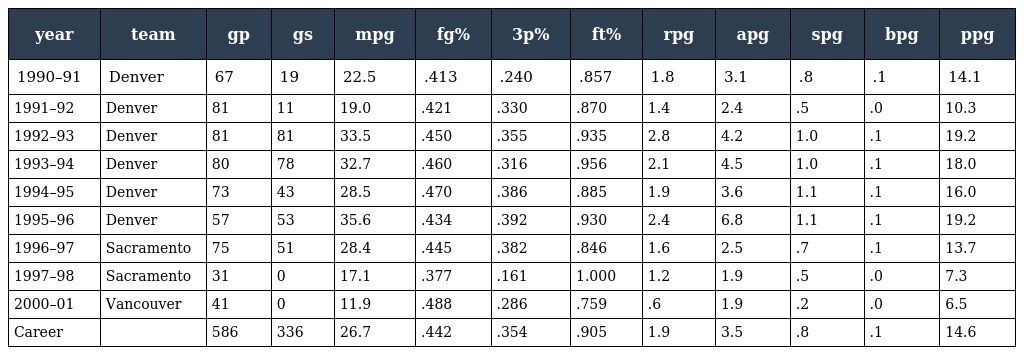
| year | team | gp | gs | mpg | fg% | 3p% | ft% | rpg | apg | spg | bpg | ppg |
 | --- | --- | --- | --- | --- | --- | --- | --- | --- | --- | --- | --- | --- |
 | 1990–91 | Denver | 67 | 19 | 22.5 | .413 | .240 | .857 | 1.8 | 3.1 | .8 | .1 | 14.1 |
 | 1991–92 | Denver | 81 | 11 | 19.0 | .421 | .330 | .870 | 1.4 | 2.4 | .5 | .0 | 10.3 |
 | 1992–93 | Denver | 81 | 81 | 33.5 | .450 | .355 | .935 | 2.8 | 4.2 | 1.0 | .1 | 19.2 |
 | 1993–94 | Denver | 80 | 78 | 32.7 | .460 | .316 | .956 | 2.1 | 4.5 | 1.0 | .1 | 18.0 |
 | 1994–95 | Denver | 73 | 43 | 28.5 | .470 | .386 | .885 | 1.9 | 3.6 | 1.1 | .1 | 16.0 |
 | 1995–96 | Denver | 57 | 53 | 35.6 | .434 | .392 | .930 | 2.4 | 6.8 | 1.1 | .1 | 19.2 |
 | 1996–97 | Sacramento | 75 | 51 | 28.4 | .445 | .382 | .846 | 1.6 | 2.5 | .7 | .1 | 13.7 |
 | 1997–98 | Sacramento | 31 | 0 | 17.1 | .377 | .161 | 1.000 | 1.2 | 1.9 | .5 | .0 | 7.3 |
 | 2000–01 | Vancouver | 41 | 0 | 11.9 | .488 | .286 | .759 | .6 | 1.9 | .2 | .0 | 6.5 |
 | Career |  | 586 | 336 | 26.7 | .442 | .354 | .905 | 1.9 | 3.5 | .8 | .1 | 14.6 |